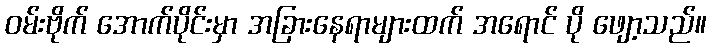
ဝမ်းဗိုက် အောက်ပိုင်းမှာ အခြားနေရာများထက် အရောင် ပို ဖျော့သည်။